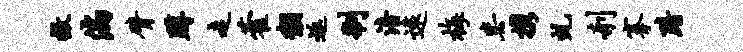
撤偏臂蹲走藿黼返制涪远梅毖携虬剞搴黯